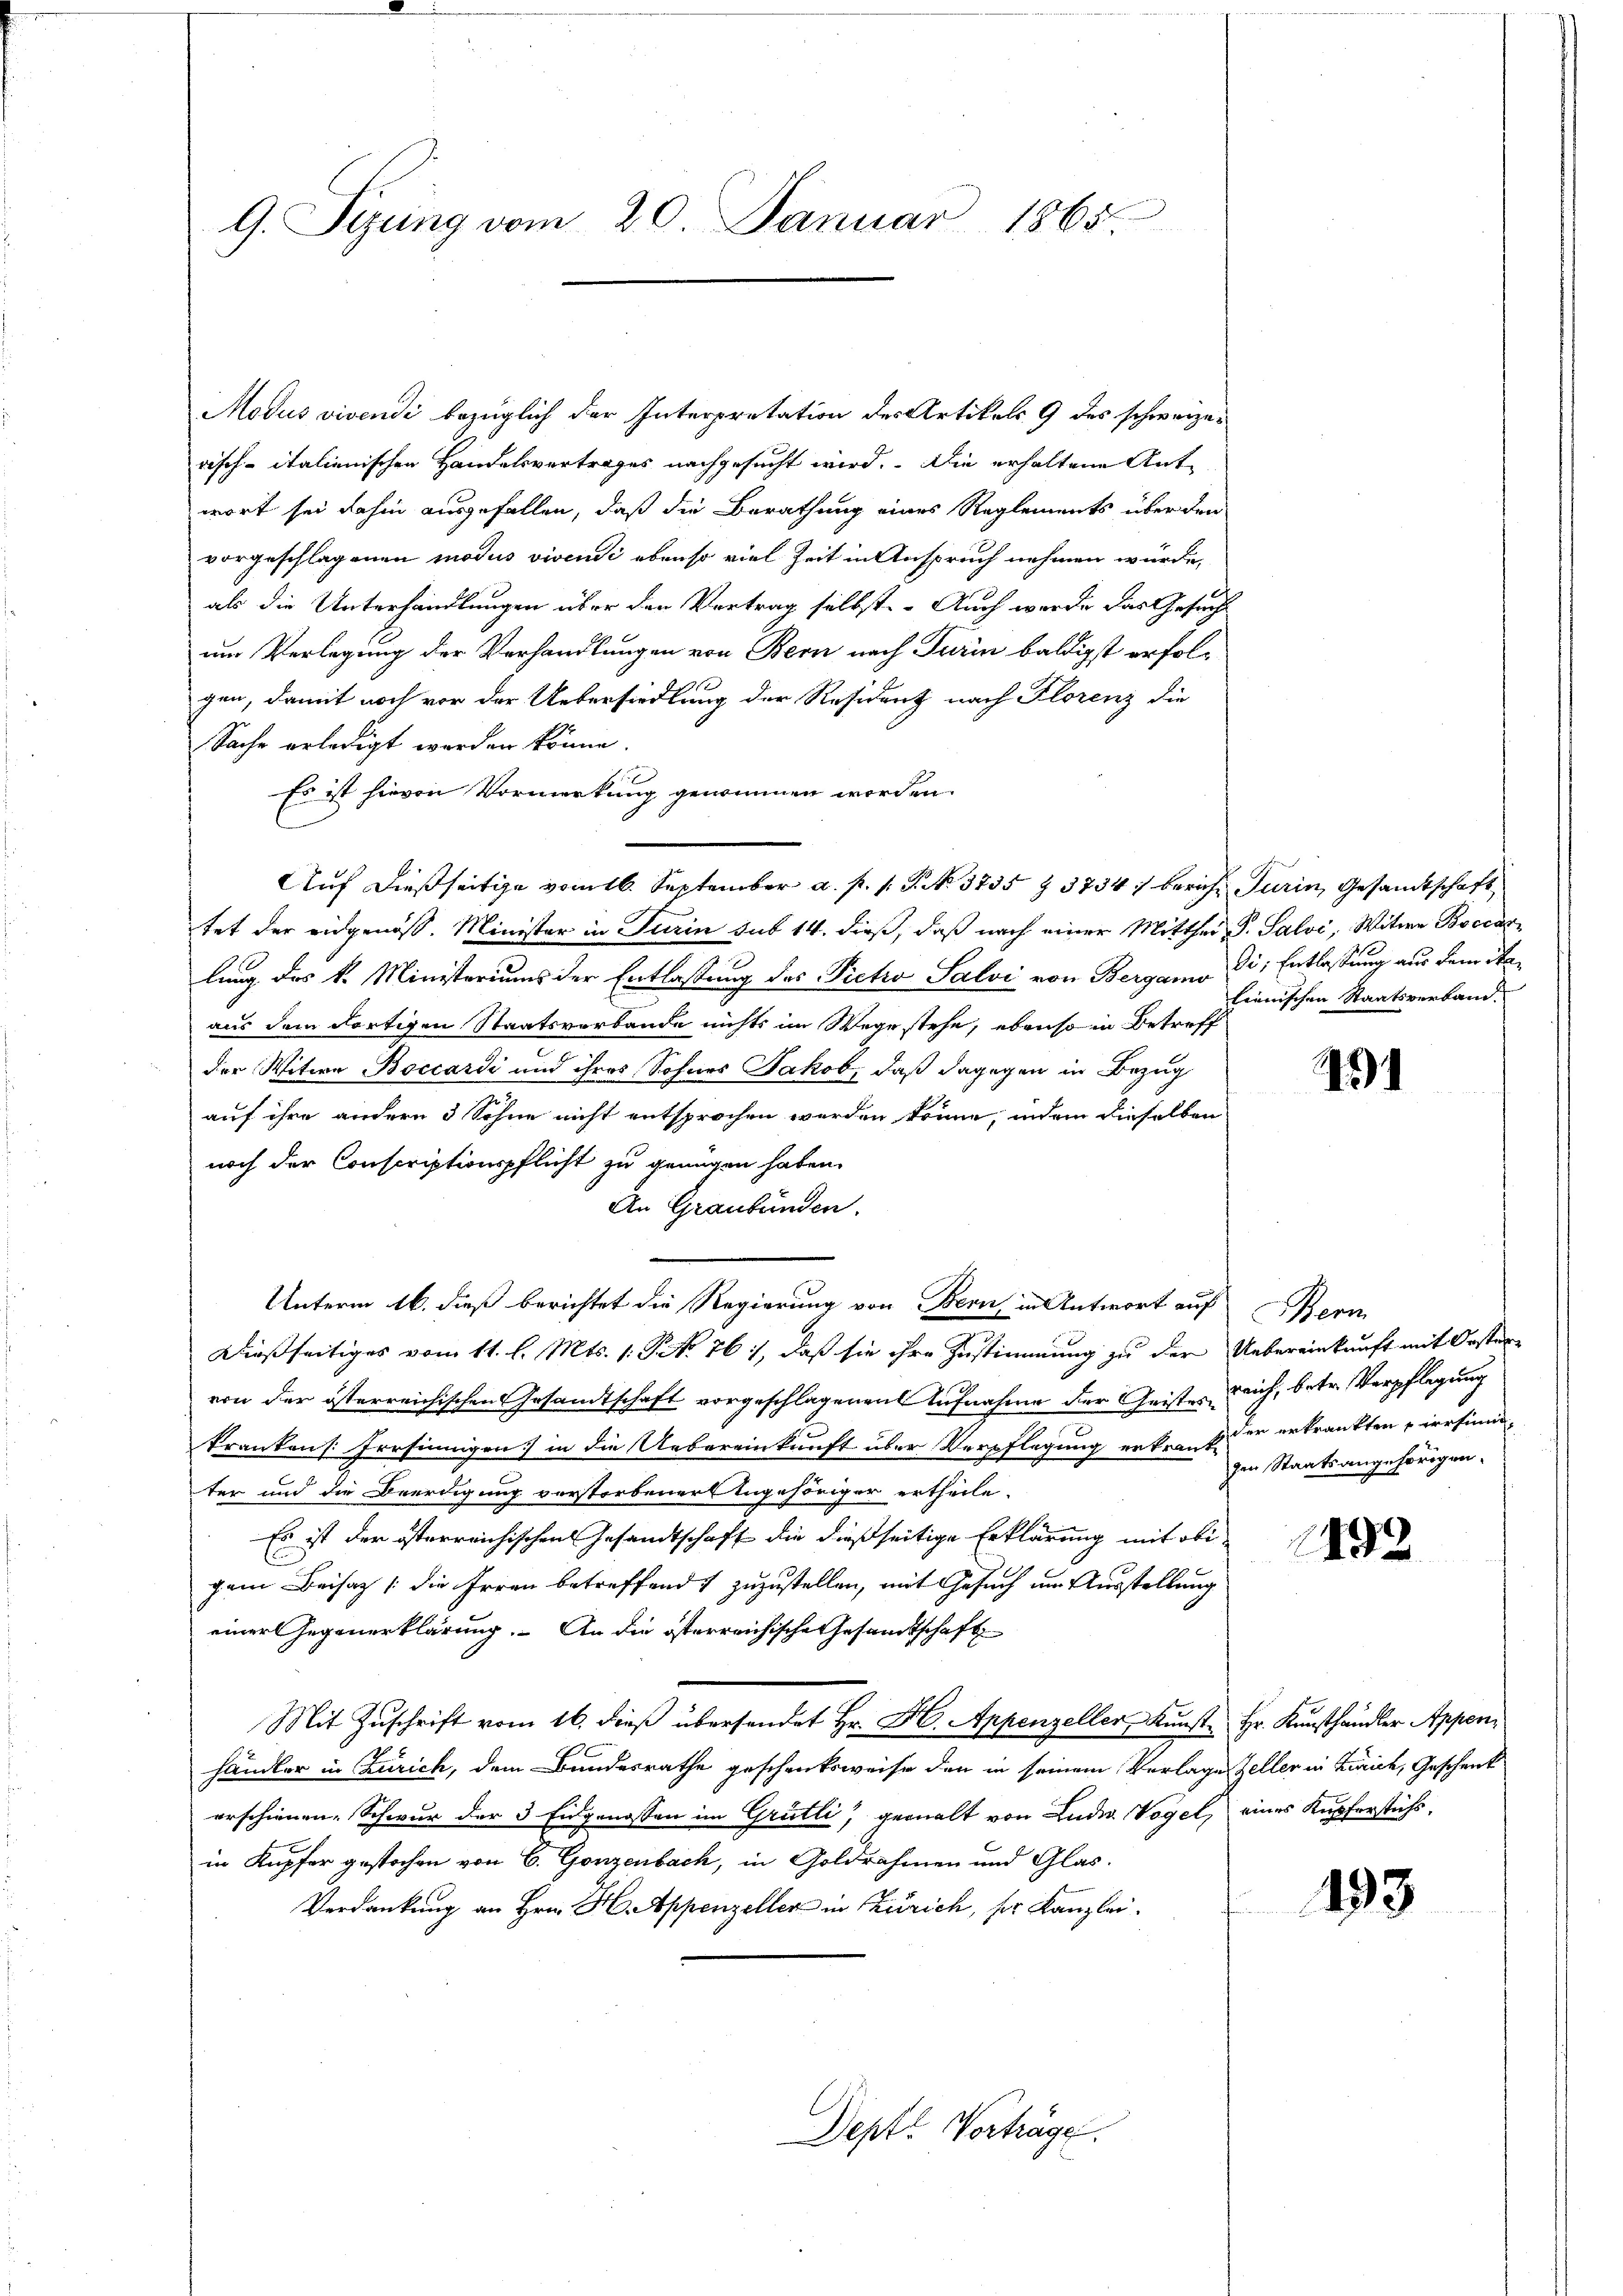
G. Syung vom 20. Januar 1865.

Modus vivendi bezüglich der Interpretation des Artikels 9 des schweizerisch-italienischen Handelsvertrages nachgesucht wird. Die erhaltene Antwort sei dahin ausgefallen, daß die Berathung eines Reglements über den
vorgeschlagenen modus vivendi ebenso viel Zeit in Anspruch nehmen würde,
als die Unterhandlungen über den Vertrag selbst. Auch werde das Gesucht
um Verlegung der Verhandlungen von Bern nach Turin baldigst erfolgen, damit noch vor der Uebersiedlung der Resident nach Florenz die
Sache erledigt werden könne.
Es ist hievon Vormerkung genommen worden.
Auf dießseitige vom 16. September a. p. 1. P. No. 3735 § 3734) bericht Turin, Gesandtschaft
tet der eidgenöß. Minister in Turin sub 14. dieß, daß nach einer Mitthei- P. Salvi, Witwe Boccas
lung des k. Ministeriums der Entlassung des Victo Salvi von Berganis die Entlassung aus dem Staaus dem dortigen Staatsverbande nichts im Wege stehe, ebenso in Betreff
der Witwe Boccardi und ihres Sohnes Jakob, daß dagegen in Bezug
auf ihre andern 3 Sohne nicht entsprochen werden könne, indem dieselben
noch der Conscriptionspflicht zu genügen haben.
An Graubünden.
Unterm 16. dieß berichtet die Regierung von Bern, in Antwort auf Bern
Dießseitiges vom 11. l. Mts. 1. P No 761, daß sie ihre Zustimmung zu der Uebereinkunft mit Orster
von der österreichischen Gesandtschaft vorgeschlagenen Aufnahme der Geister mich, betr. Verpflegung
krankens. Errsinnigen in die Uebereinkunft über Verpflegung erkennt er erkränkten irrsiniter und die Beerdigung verstorbener Angehöriger ertheile.
Es ist der österreichischen Gesandtschaft die dießseitige Erklärung mit obi
gem Beisatz (die Irren betreffend zuzustellen, mit Gesuch im Ausstellung
einer Gegenerklärung. An die österreichische Gesandtschaft
Mit Zuschrift vom 16. dieß übersendet Hr. H. Appenzeller, Kunst Hr. Kunsthändler Appenhändler in Zürich, dem Bundesrathe geschenksweise den in seinem Vorlage Zeller in Zürich, Geschenk
erschienen. Schwur der 3 Eidgenossen im Grütli, gewalt von Luder Vogel, eines Kupferstichs.
in Kupfer gestochen von 6. Gonzenbach, in Goldrahmen und Glas-
Verdankung an Hrn. H. Appenzeller in Zürich, ser Kanzlei.

Depte Vorträge.

lienischen Staatsverband.

454

zen Staatsangehörigen.

492

193